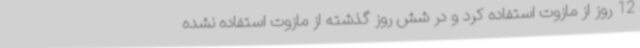
12 روز از مازوت استفاده کرد و در شش روز گذشته از مازوت استفاده نشده